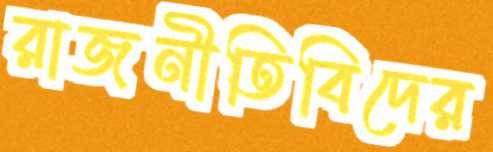
রাজনীতিবিদের